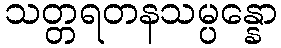
သတ္တရတနသမ္ပန္နော